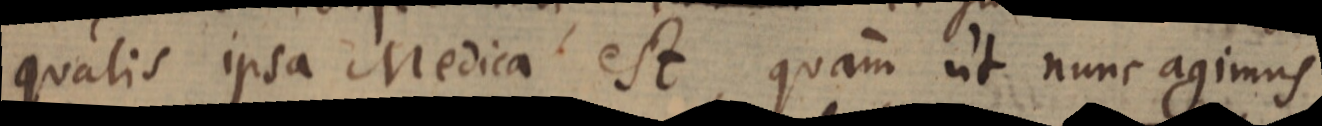
qualis ipsa Medica est, quam ut nunc agimus